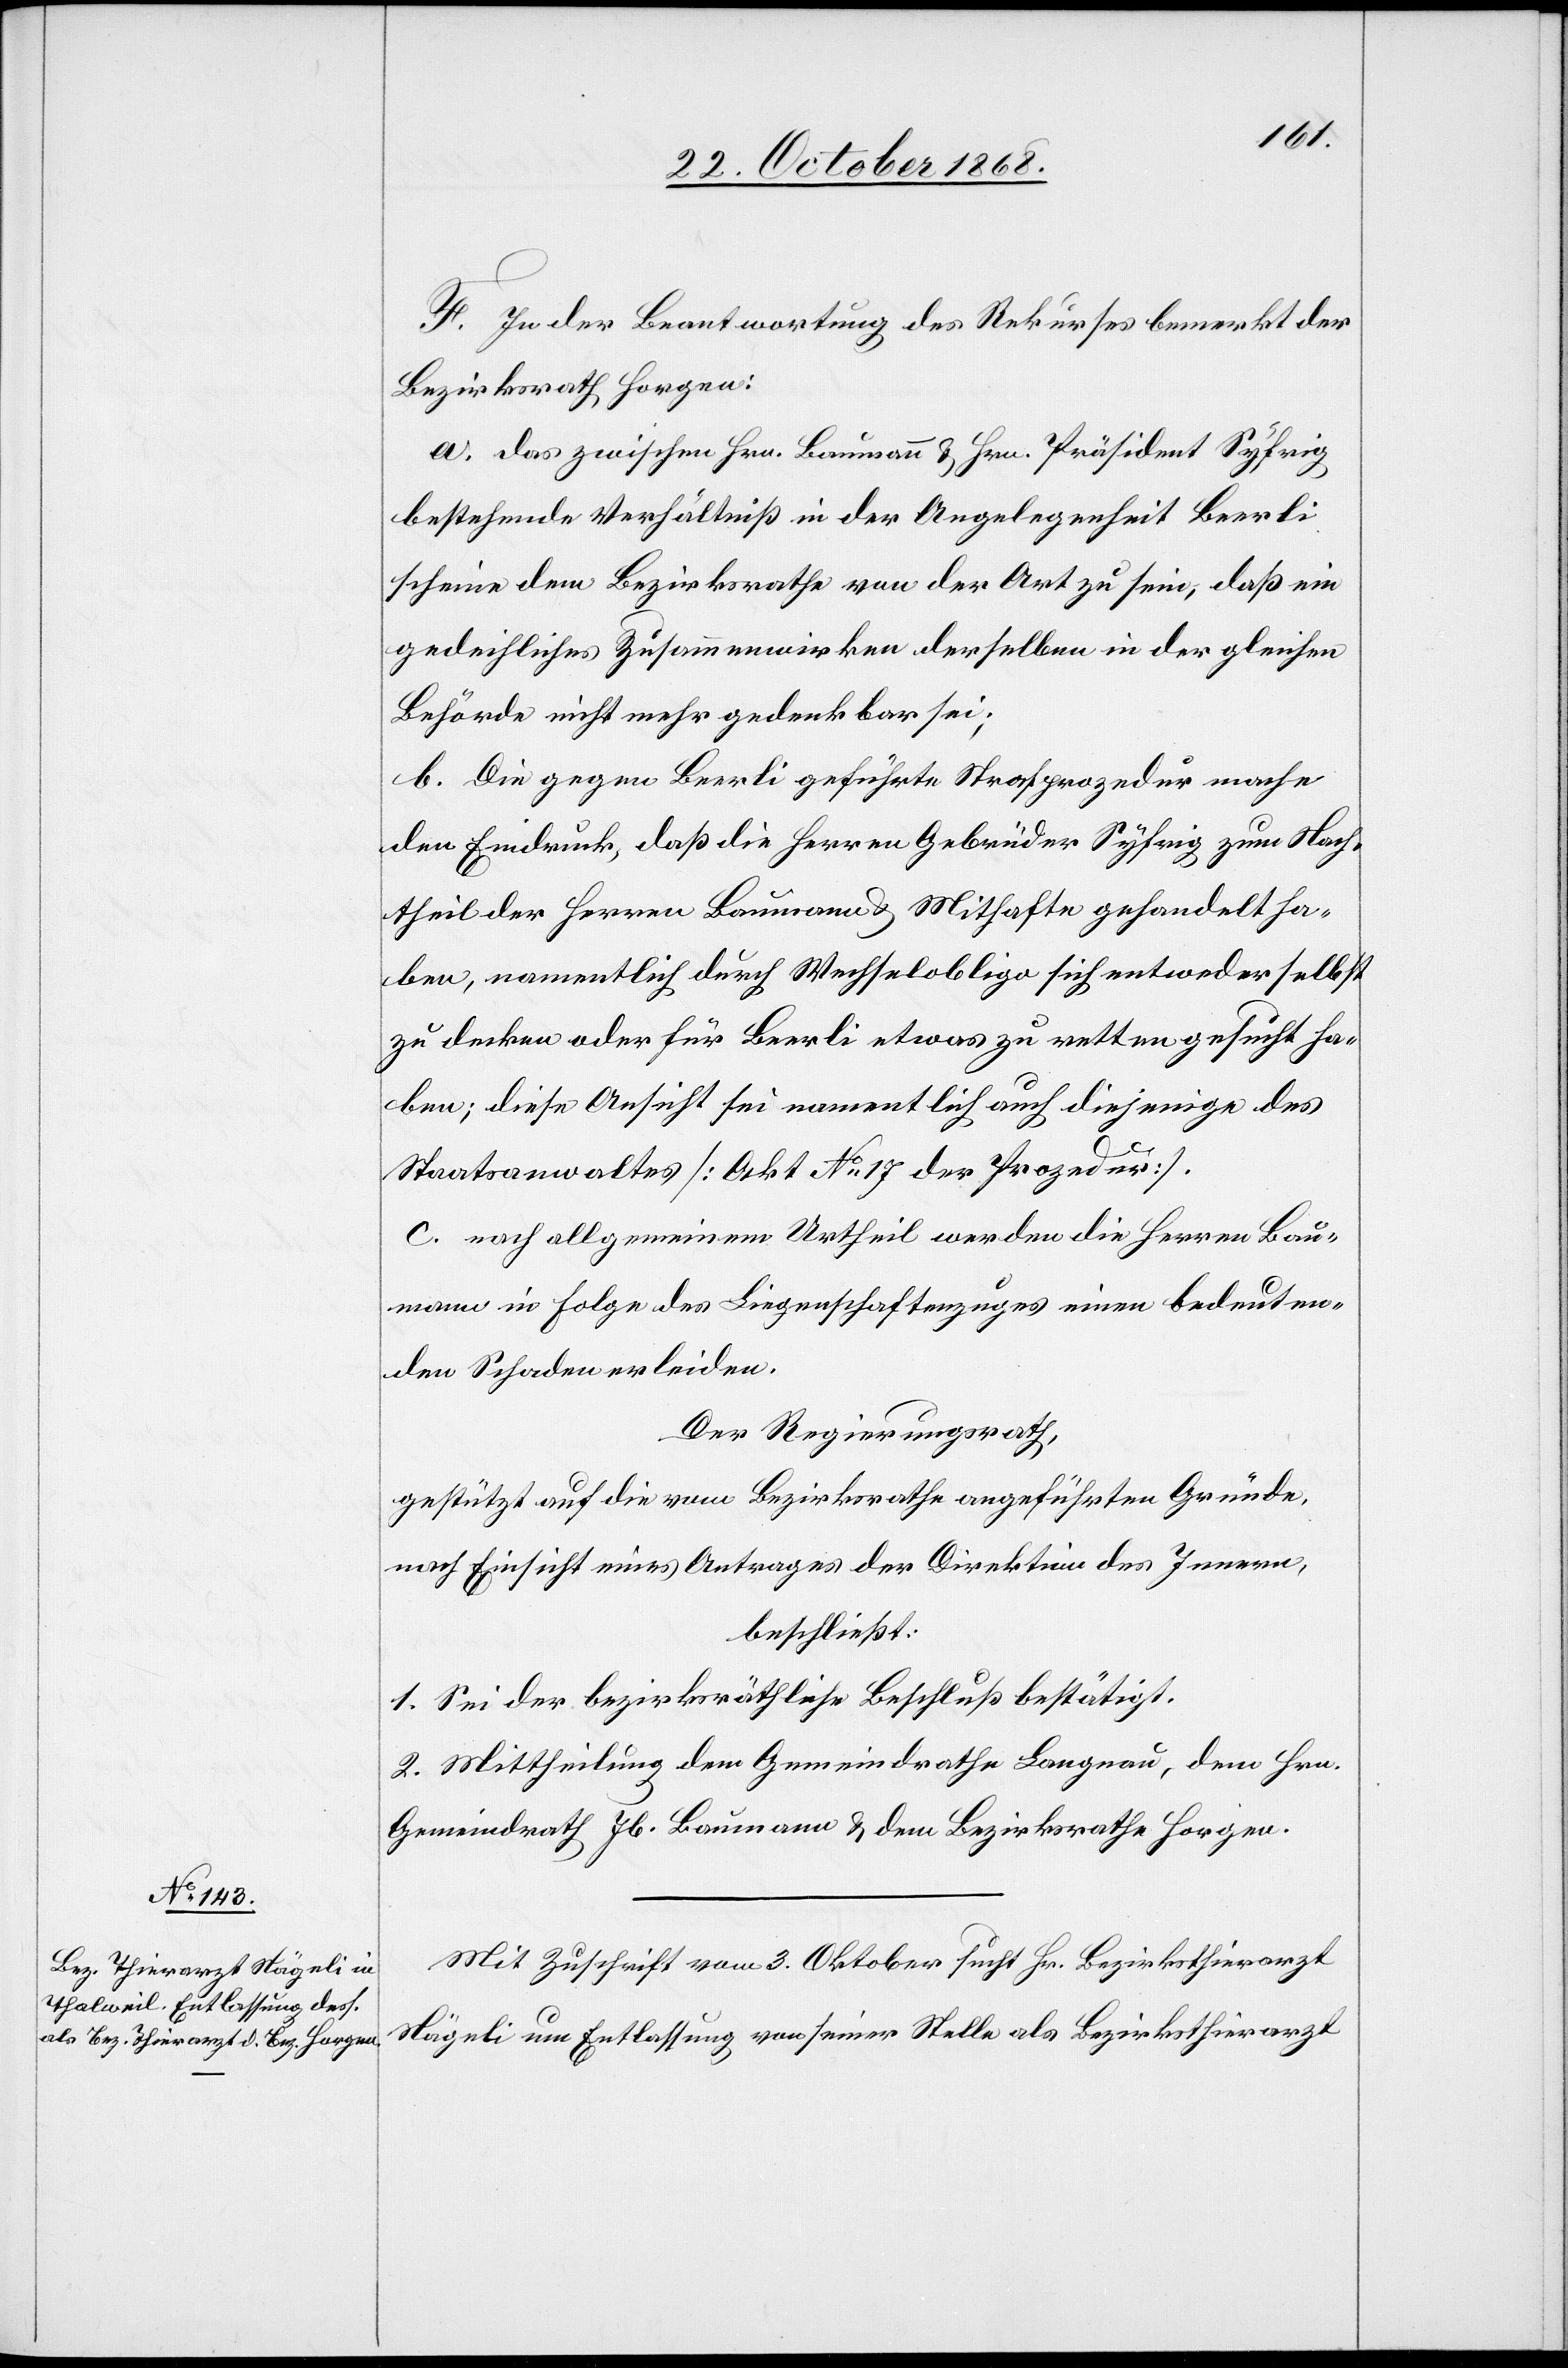
F. In der Beantwortung des Rekurses bemerkt der
Bezirksrath Horgen:
a. das zwischen Hrn. Baumann & Hrn. Präsident Syfrig
bestehende Verhältniß in der Angelegenheit Beerli
scheine dem Bezirksrathe von der Art zu sein, daß ein
gedeihliches Zusammenwirken derselben in der gleichen
Behörde nicht mehr gedenkbar sei;
b. Die gegen Beerli geführte Strafprozedur mache
den Eindruck, daß die Herren Gebrüder Syfrig zum Nach¬
theil der Herren Baumann & Mithafte gehandelt ha¬
ben, namentlich durch Wechselobligo sich entweder selbst
zu decken oder für Beerli etwas zu retten gesucht ha¬
ben; diese Ansicht sei namentlich auch diejenige des
Staatsanwaltes [Akt No 17 der Prozedur].
c. nach allgemeinem Urtheil werden die Herren Bau¬
mann in Folge des Liegenschaftenzuges einen bedeuten¬
den Schaden erleiden.
Der Regierungsrath,
gestützt auf die vom Bezirksrathe angeführten Gründe,
nach Einsicht eines Antrages der Direktion des Innern,
beschließt:
1. Sei der bezirksräthliche Beschluß bestätigt.
2. Mittheilung dem Gemeindrathe Langnau, dem Hrn.
Gemeindrath Jb. Baumann & dem Bezirksrathe Horgen.
Mit Zuschrift vom 3. Oktober sucht Hr. Bezirksthierarzt
Nägeli um Entlassung von seiner Stelle als Bezirksthierarzt